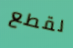
لقطع